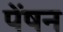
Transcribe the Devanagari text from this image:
पेंषन